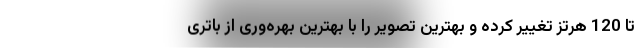
تا 120 هرتز تغییر کرده و بهترین تصویر را با بهترین بهره‌وری از باتری